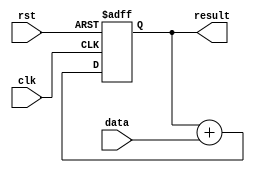
module FixedPointAccumulator (
  input wire clk,
  input wire rst,
  input wire [N-1:0] data,
  output wire [M-1:0] result
);

parameter N = 16; // Input data precision
parameter M = 18; // Accumulator result precision

reg [M-1:0] accumulator;

always @(posedge clk or posedge rst) begin
  if (rst) begin
    accumulator <= 0;
  end else begin
    accumulator <= accumulator + {2'b0, data}; // Shift input data to match accumulator precision
  end
end

assign result = accumulator;

endmodule